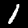
Label: 1